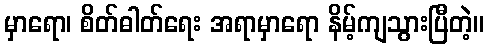
မှာရော၊ စိတ်ဓါတ်ရေး အရာမှာရော နိမ့်ကျသွားပြီတဲ့။